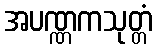
အပဏ္ဏကသုတ္တံ